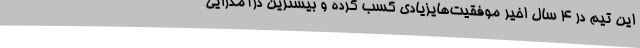
این تیم در 4 سال اخیر موفقیت‌هایزیادی کسب کرده و بیشترین درآمدزایی